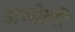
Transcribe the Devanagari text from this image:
अभोली